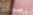
بصدمة